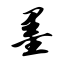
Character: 墨